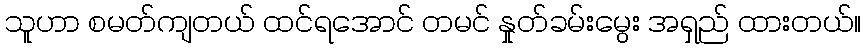
သူဟာ စမတ်ကျတယ် ထင်ရအောင် တမင် နှုတ်ခမ်းမွေး အရှည် ထားတယ်။